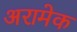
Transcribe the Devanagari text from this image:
अरामेक